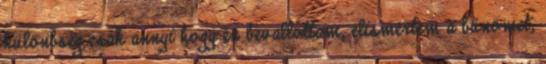
különbség csak annyi hogy én bevallottam, elismertem a bűnömet,